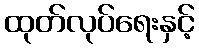
ထုတ်လုပ်ရေးနှင့်